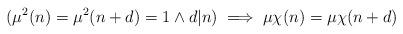
LaTeX: \begin{align*}(\mu^2(n)=\mu^2(n+d)=1 \wedge d|n) \implies \mu \chi(n) = \mu \chi(n+d)\end{align*}